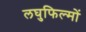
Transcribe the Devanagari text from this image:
लघुफिल्मों